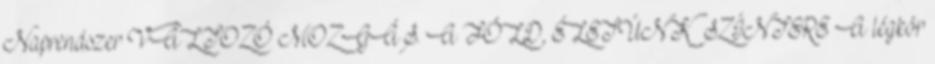
Naprendszer VÁLTOZÓ MOZGÁS. A FÖLD, ÉLETÜNK SZÍNTERE A légkör